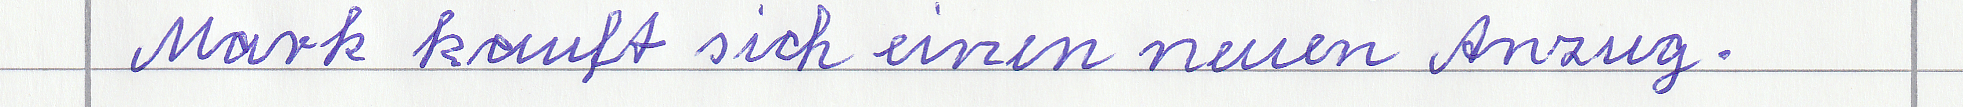
Mark kauft sich einen neuen Anzug.